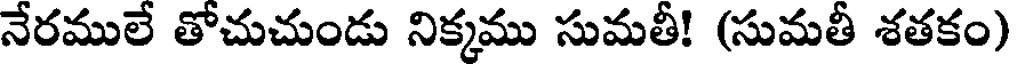
నేరములే తోచుచుండు నిక్కము సుమతీ! (సుమతీ శతకం)